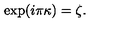
\exp ( i \pi \kappa ) = \zeta .